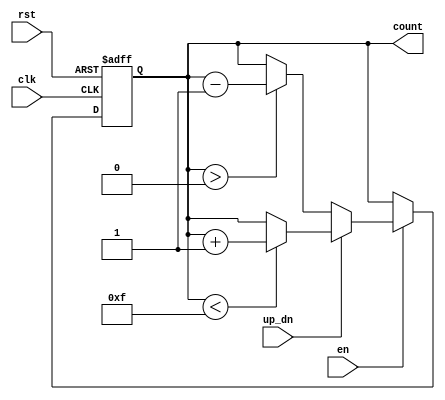
module UpDownCounter (
    input wire clk,         // Clock input
    input wire en,         // Enable input
    input wire up_dn,      // Up/Down control
    input wire rst,        // Asynchronous reset
    output reg [3:0] count // 4-bit counter output
);

    // Define the maximum and minimum values for the 4-bit counter
    localparam MAX_COUNT = 4'b1111; // 15 in decimal
    localparam MIN_COUNT = 4'b0000; // 0 in decimal

    // On the rising edge of the clock
    always @(posedge clk or posedge rst) begin
        if (rst) begin
            count <= MIN_COUNT; // Reset the counter to 0
        end else if (en) begin
            if (up_dn) begin
                // Up counting
                if (count < MAX_COUNT) begin
                    count <= count + 1;
                end
            end else begin
                // Down counting
                if (count > MIN_COUNT) begin
                    count <= count - 1;
                end
            end
        end
    end

endmodule